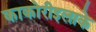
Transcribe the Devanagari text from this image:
काकोरीइलाके